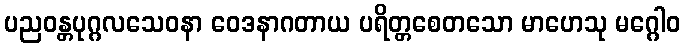
ပညဝန္တပုဂ္ဂလသေဝနာ ဝေဒနာဂတာယ ပရိတ္တစေတသော မာဟေသု မဂ္ဂေါဝ